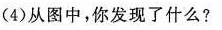
(4)从图中，你发现了什么?